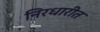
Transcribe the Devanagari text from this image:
निरधारीत